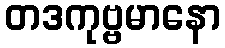
တဒကုဗ္ဗမာနော